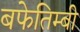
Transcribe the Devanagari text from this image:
बफेतिम्बी